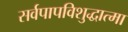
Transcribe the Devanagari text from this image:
सर्वपापविशुद्धात्मा